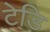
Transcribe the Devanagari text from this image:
टेडि